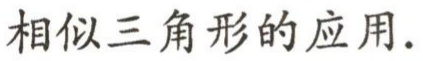
相似三角形的应用.